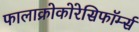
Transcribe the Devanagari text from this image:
फालाक्रोकोरेसिफॉर्म्स